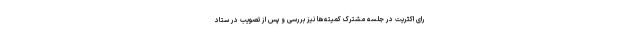
رای اکثریت در جلسه مشترک کمیته‌ها نیز بررسی و پس از تصویب در ستاد